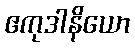
ဧကုဒါနိယော